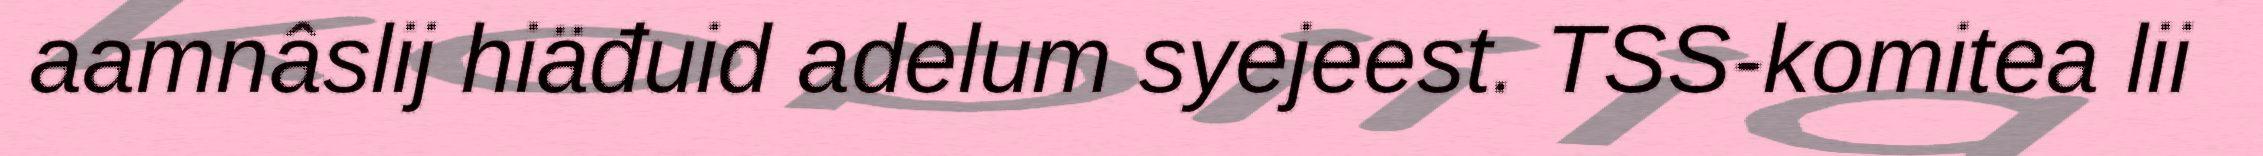
aamnâslij hiäđuid adelum syejeest. TSS-komitea lii